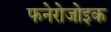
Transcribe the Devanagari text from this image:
फनेरोजोइक